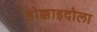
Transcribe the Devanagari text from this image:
होक्काइदोला